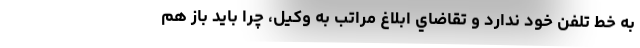
به خط تلفن خود ندارد و تقاضاي ابلاغ مراتب به وكيل، چرا بايد باز هم